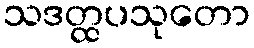
သဒတ္ထပသုတော